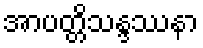
အာပတ္တိသန္ဒဿနာ